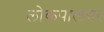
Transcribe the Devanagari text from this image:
लोकपालवर